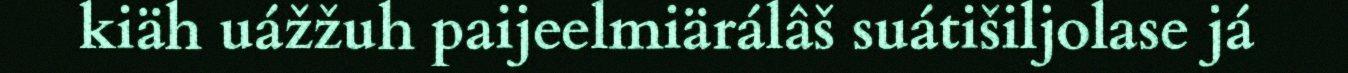
kiäh uážžuh paijeelmiärálâš suátišiljolase já